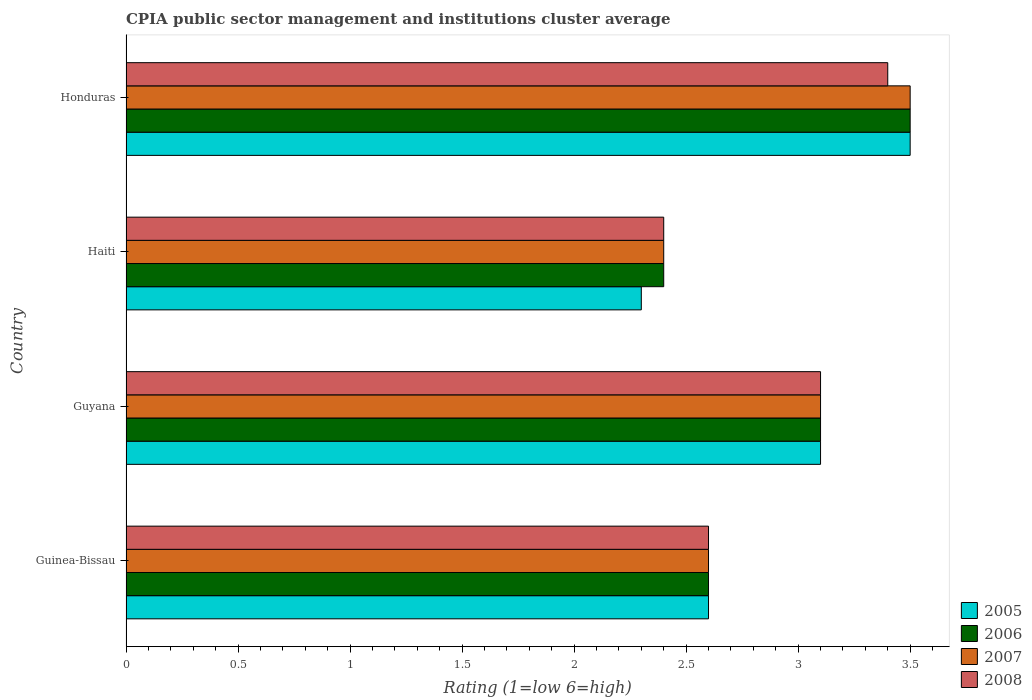
| Country | 2005 | 2006 | 2007 | 2008 |
 | --- | --- | --- | --- | --- |
 | Guinea-Bissau | 2.6 | 2.6 | 2.6 | 2.6 |
 | Guyana | 3.1 | 3.1 | 3.1 | 3.1 |
 | Haiti | 2.3 | 2.4 | 2.4 | 2.4 |
 | Honduras | 3.5 | 3.5 | 3.5 | 3.4 |